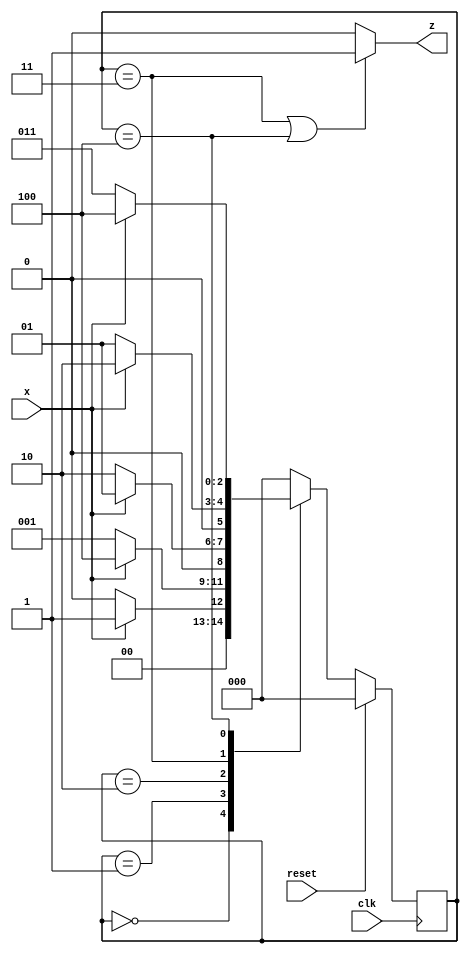
module top_module (
    input clk,
    input reset,   // Synchronous reset
    input x,
    output z
);
	
    parameter A = 3'd0, B = 3'd1, C = 3'd2, D = 3'd3, E = 3'd4;
    reg [2:0] state, next_state;
    
    //Synchronous Reset and state_logic
    always@(posedge clk)
        begin
            if(reset)
                state <= A;
            else
                state <= next_state;
        end
    
    //next_state logic
    always@(state,x)
        begin
            case(state)
                A: next_state = x ? B : A;
                B: next_state = x ? E : B;
                C: next_state = x ? B : C;
                D: next_state = x ? C : B;
                E: next_state = x ? E : D;
                default: next_state = A;
            endcase
        end
    
    //output_logic
    assign z = (state==D) | (state==E) ? 1'b1 : 1'b0;
    
endmodule